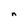
Character: n